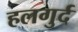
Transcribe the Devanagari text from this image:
हलगुर्द